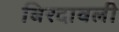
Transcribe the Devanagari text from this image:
बिरदावली